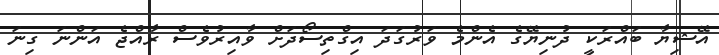
އޭޝިޔާ ބައްރަކީ ދުނިޔޭގެ އެންމެ ވަރުގަދަ އިގްތިސޯދަށް ވާއިރުވެސް ރާއްޖެ އަންނަ ގިނަ